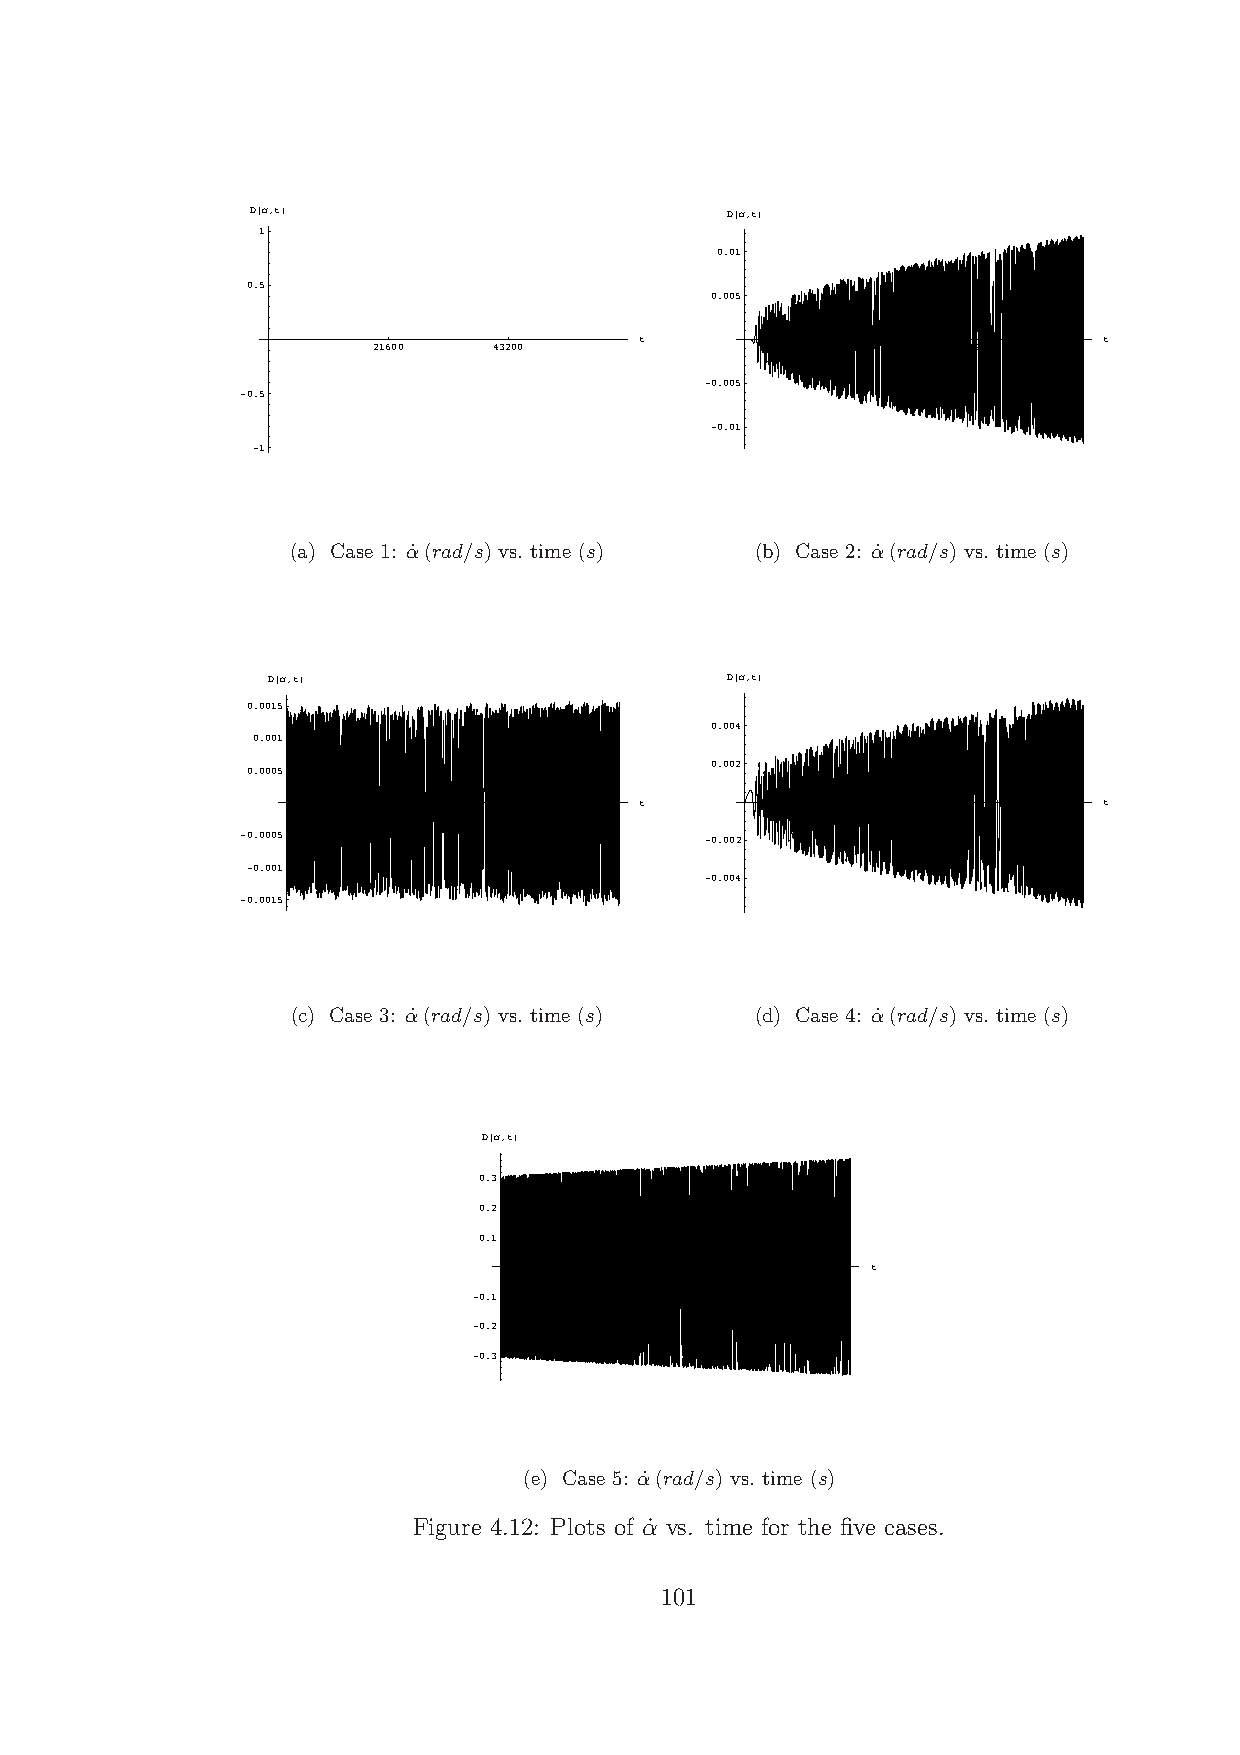
D@Α,tD                         D@Α,tD
 1
 0.01
 0.5
 0.005
 t                              t
 21600   43200                  21600   43200
 -0.005
 -0.5
 -0.01
 -1
 (a) Case 1: α˙ (rad/s) vs. time (s) (b) Case 2: α˙ (rad/s) vs. time (s)
 D@Α,tD                        D@Α,tD
 0.0015
 0.004
 0.001
 0.002
 0.0005
 t                              t
 21600  43200                  21600   43200
 -0.0005                        -0.002
 -0.001
 -0.004
 -0.0015
 (c) Case 3: α˙ (rad/s) vs. time (s) (d) Case 4: α˙ (rad/s) vs. time (s)
 D@Α,tD
 0.3
 0.2
 0.1
 t
 21600   43200
 -0.1
 -0.2
 -0.3
 (e) Case 5: α˙ (rad/s) vs. time (s)
 Figure 4.12: Plots of α˙ vs. time for the five cases.
 101